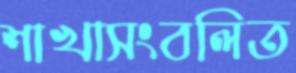
শাখাসংবলিত